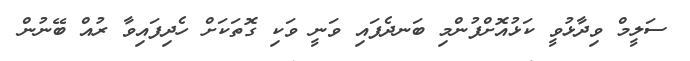
ސަލީމް ވިދާޅުވީ ކަޅުއޮށްފުންމި ބަނދެފައި ވަނީ ވަކި ގޮތަކަށް ހެދިފައިވާ ރުއް ބޭނުން